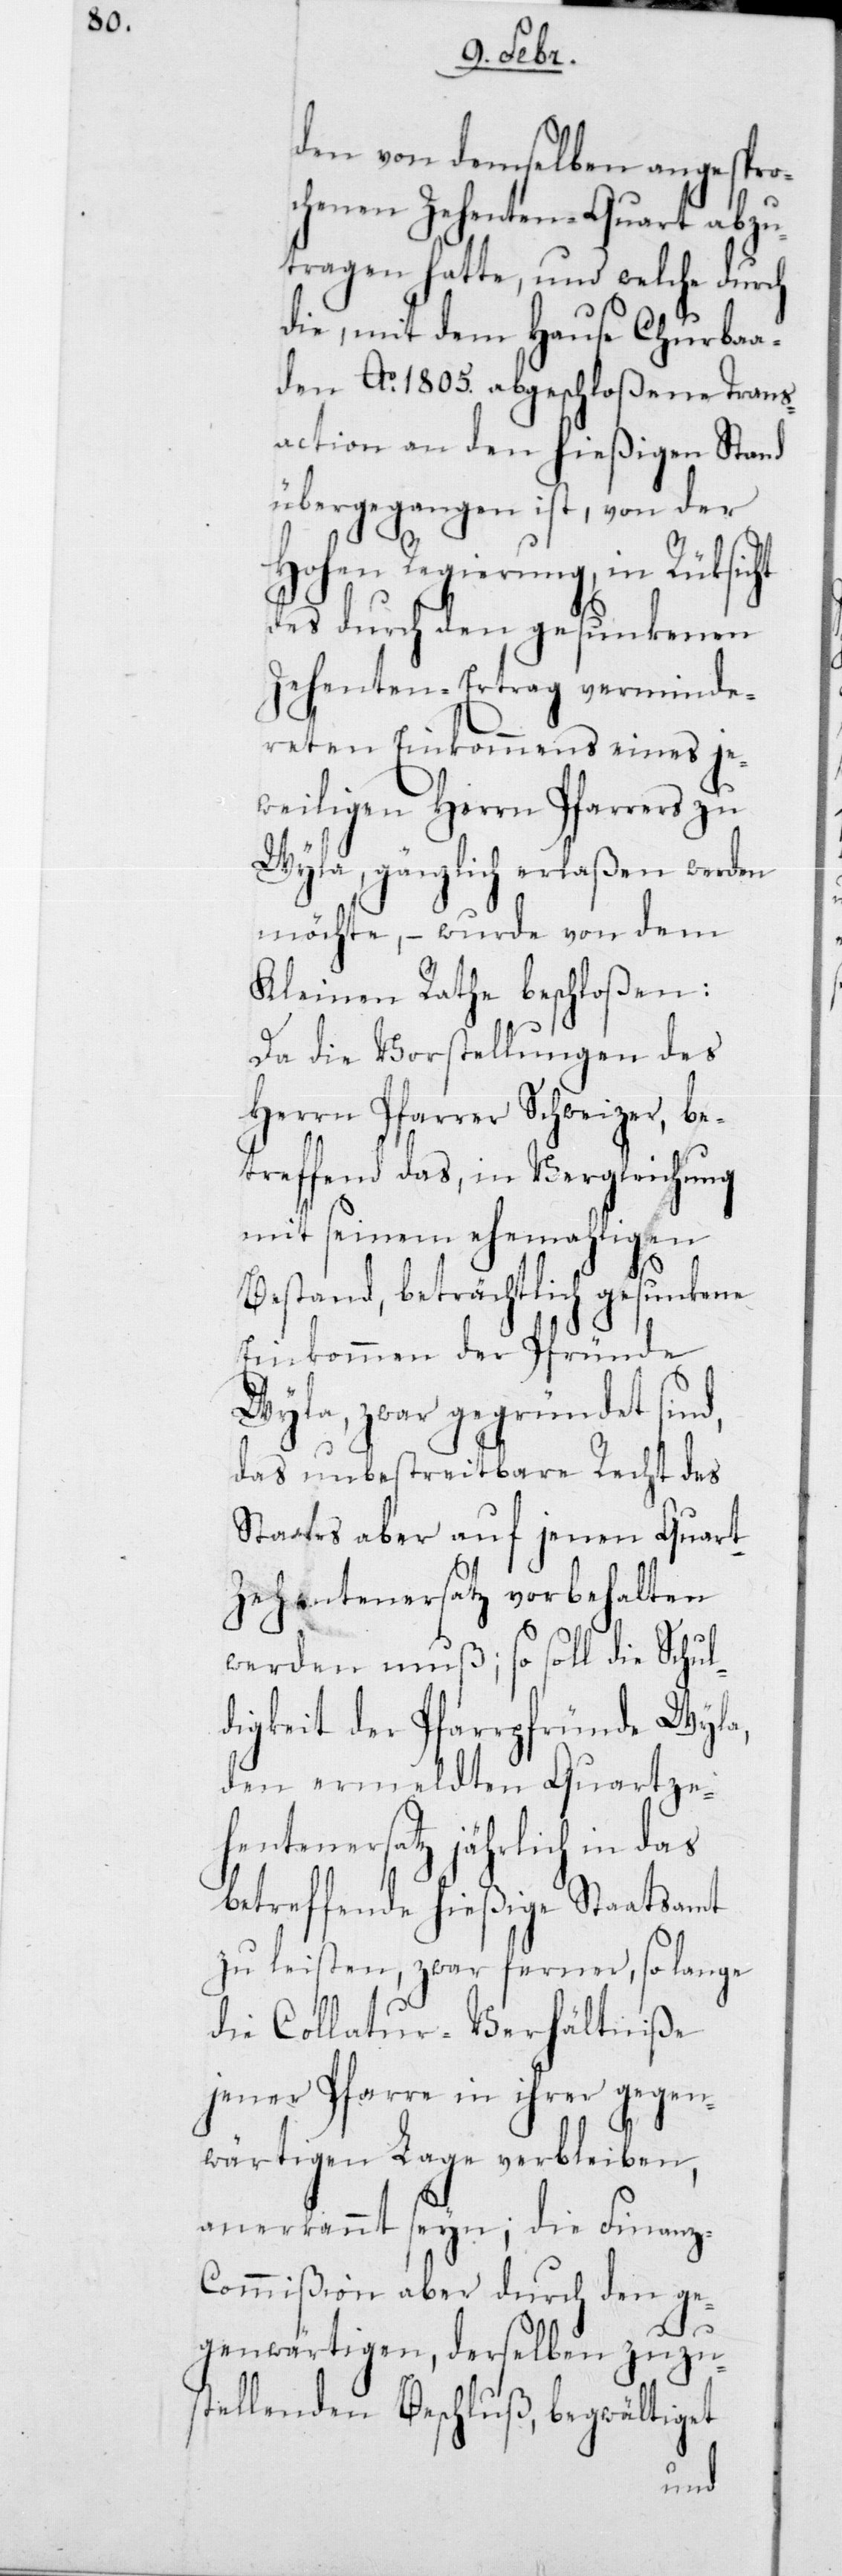
den von demselben angespro¬
chenen Zehenten-Quart abzu¬
tragen hatte, und welche durch
die, mit dem Hause Churbaa¬
den Ao 1805 abgeschloßene Trans¬
action an den hießigen Stand
übergegangen ist, von der
Hohen Regierung, in Rücksicht
des durch den gesunkenen
Zehenten-Ertrag verminde¬
reten Einkommens eines je¬
weiligen Herrn Pfarrers zu
Wyla, gänzlich erlaßen werden
möchte, – wurde von dem
Kleinen Rathe beschloßen:
Da die Vorstellungen des
Herrn Pfarrer Schweizer, be¬
treffend das in Vergleichung
mit seinem ehemaligen
Bestand, beträchtlich gesunkene
Einkommen der Pfründe
Wyla, zwar gegründet sind,
das unbestreitbare Recht des
Staates aber auf jenen Quar¬
t-Zehentenersatz vorbehalten
werden muß; so soll die Schul¬
digkeit der Pfarrpfründe Wyla,
den ermeldten Quartze¬
hentenersatz jährlich in das
betreffende hießige Staatsamt
zu leisten, zwar ferner, so lange
die Collatur-Verhältniße
jener Pfarre in ihrer gegen¬
wärtigen Lage verbleiben,
anerkennt seyn; die Finanz-C¬
ommißion aber durch den ge¬
genwärtigen, derselben zuzu¬
stellenden Beschluß, begwältiget